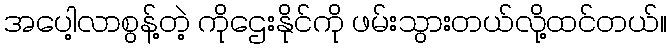
အပေါ့လာစွန့်တဲ့ ကိုဌေးနိုင်ကို ဖမ်းသွားတယ်လို့ထင်တယ်။